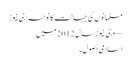
مسلمانوں کی جہالت کا نوحہ | جی نیوز
← جی نیوز سال 2012میں
اسلامی اُصول۔